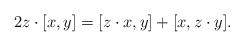
LaTeX: \begin{align*}2z\cdot [x,y]=[z\cdot x,y]+[x,z\cdot y].\end{align*}